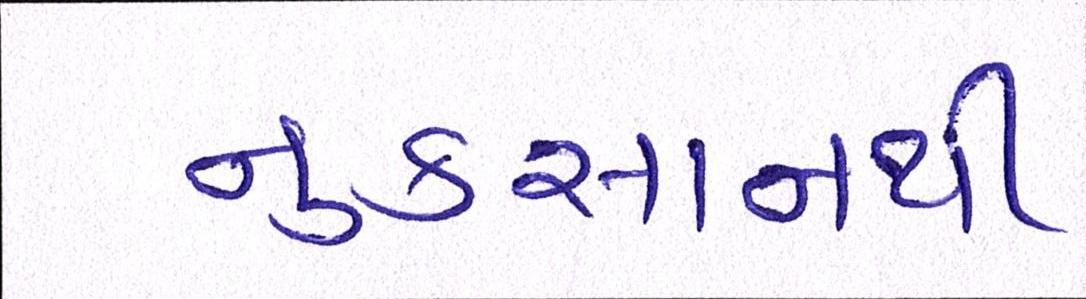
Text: નુકસાનથી